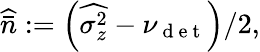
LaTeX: \widehat{\bar{n}}:=\left(\widehat{\sigma_{z}^{2}}-\nu_{\mathrm{~d~e~t~}}\right)/2,